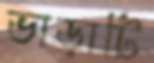
ভাড়াটি